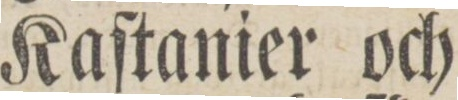
Kaſtanier och